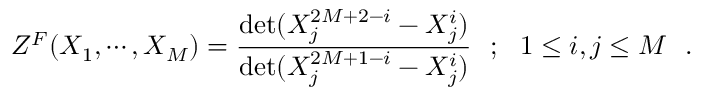
{ \cal { Z } } ^ { F } ( X _ { 1 } , \cdots , X _ { M } ) = { \frac { \operatorname * { d e t } ( X _ { j } ^ { 2 M + 2 - i } - X _ { j } ^ { i } ) } { \operatorname * { d e t } ( X _ { j } ^ { 2 M + 1 - i } - X _ { j } ^ { i } ) } } ~ ~ ; ~ ~ 1 \le i , j \le M \, \, \, \, .